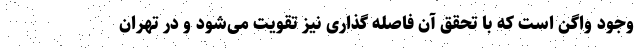
وجود واگن است که با تحقق آن فاصله گذاری نیز تقویت می‌شود و در تهران